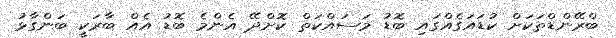
ބްރޭންޑްތަކަށް ކުޑައަގެއްގައި ބޮޑު މަސައްކަތް ކޮށްދޭ އެންމެ ބޮޑު އެއް ބާރަކީ ބަންގާޅު